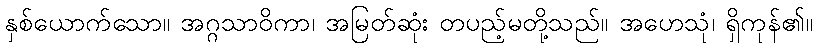
နှစ်ယောက်သော။ အဂ္ဂသာဝိကာ၊ အမြတ်ဆုံး တပည့်မတို့သည်။ အဟေသုံ၊ ရှိကုန်၏။